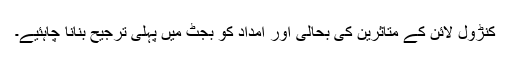
کنڑول لائن کے متاثرین کی بحالی اور امداد کو بجٹ میں پہلی ترجیح بنانا چاہئیے۔